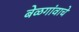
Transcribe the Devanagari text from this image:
बेळगांवाचे